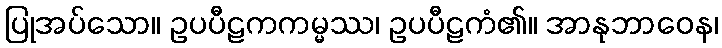
ပြုအပ်သော။ ဥပပီဠကကမ္မဿ၊ ဥပပီဠကံ၏။ အာနုဘာဝေန၊